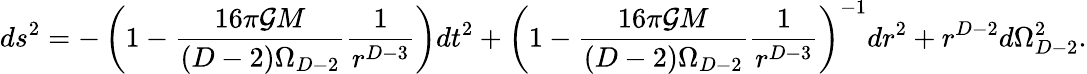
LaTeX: ds^{2}=-\left(1-\frac{16\pi{\cal G}M}{(D-2)\Omega_{D-2}}\frac{1}{r^{D-3}}\right)dt^{2}+\left(1-\frac{16\pi{\cal G}M}{(D-2)\Omega_{D-2}}\frac{1}{r^{D-3}}\right)^{-1}dr^{2}+r^{D-2}d\Omega_{D-2}^{2}.